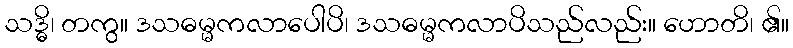
သဒ္ဓိ၊ တကွ။ ဒသဓမ္မကလာပေါပိ၊ ဒသဓမ္မကလာပိသည်လည်း။ ဟောတိ၊ ၏။